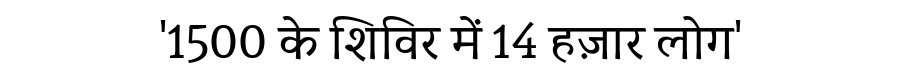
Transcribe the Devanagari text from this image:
'1500 के शिविर में 14 हज़ार लोग'